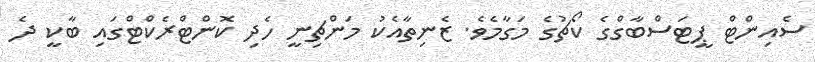
ސެއިންޓް ޕީޓަސްބާގްގެ ކޯޗުގެ މަގާމެވެ. ޒެނިތާއެކު މަންޗިނީ ހެދި ކޮންޓްރެކްޓްގައި ބާކީ ދެ